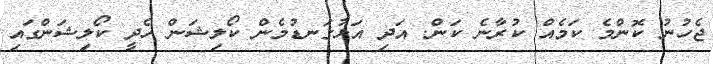
ޖެހުނު ކޮންމެ ކަމެއް ކުރާނެ ކަން. އަދި އަޅުގަނޑުމެން ކޯލިޝަން ހެދީ ކޯލިޝަންގައި